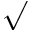
\surd